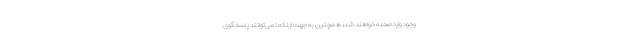
وجود وارد صحنه خواهند شد، همچنین به جهت اینکه نمی‌توانند پاسخگوی